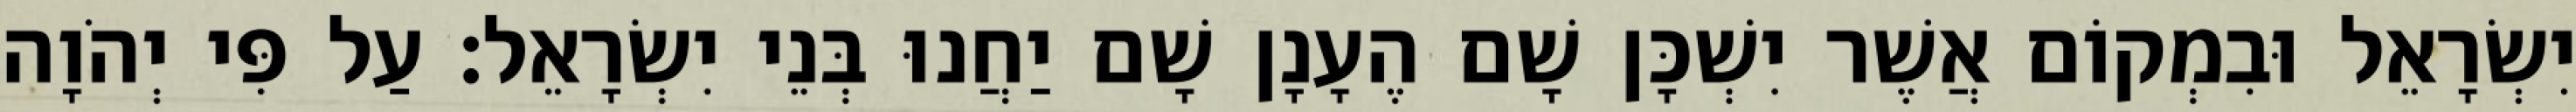
יִשְׂרָאֵל וּבִמְקוֹם אֲשֶׁר יִשְׁכָּן שָׁם הֶעָנָן שָׁם יַחֲנוּ בְּנֵי יִשְׂרָאֵל׃ עַל פִּי יְהֹוָה